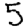
Digit: 5